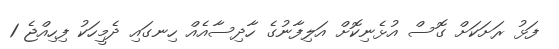
ފަޅު ރަށަކަށް ގޮސް އުޅެނިކޮށް އަލިފާނުގެ ހާދިސާއެއް ހިނގައި ދެމީހަކު ފިހިއްޖެ 1